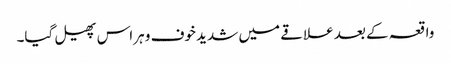
واقعہ کے بعد علاقے میں شدید خوف و ہراس پھیل گیا۔